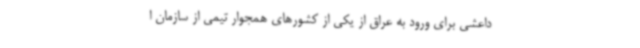
داعشی برای ورود به عراق از یکی از کشورهای همجوار تیمی از سازمان ا